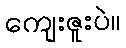
ကျေးဇူးပဲ။